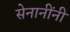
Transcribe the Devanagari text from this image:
सेनानींनी